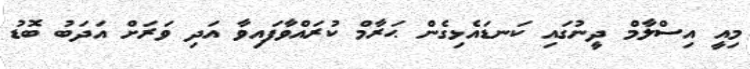
މިއީ އިސްލާމް ދީނުގައި ކަނޑައެޅިގެން ޙަރާމް ކުރައްވާފައިވާ އަދި ވަރަށް އަދަބު ބޮޑު